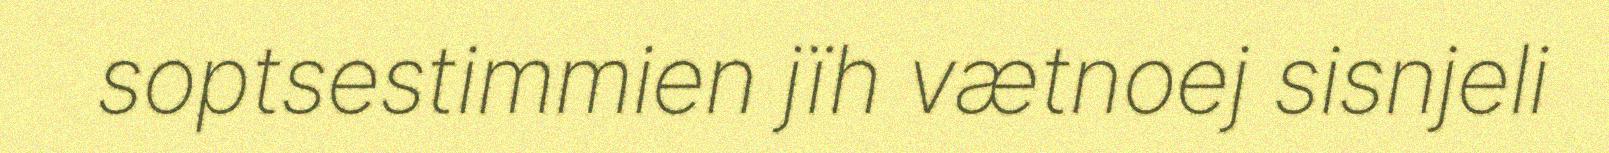
soptsestimmien jïh vætnoej sisnjeli